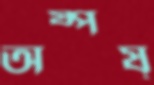
অষ্পষ্